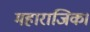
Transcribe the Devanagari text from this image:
महाराजिक।